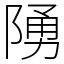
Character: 𨺳